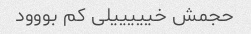
حجمش خیییییلی کم بووود